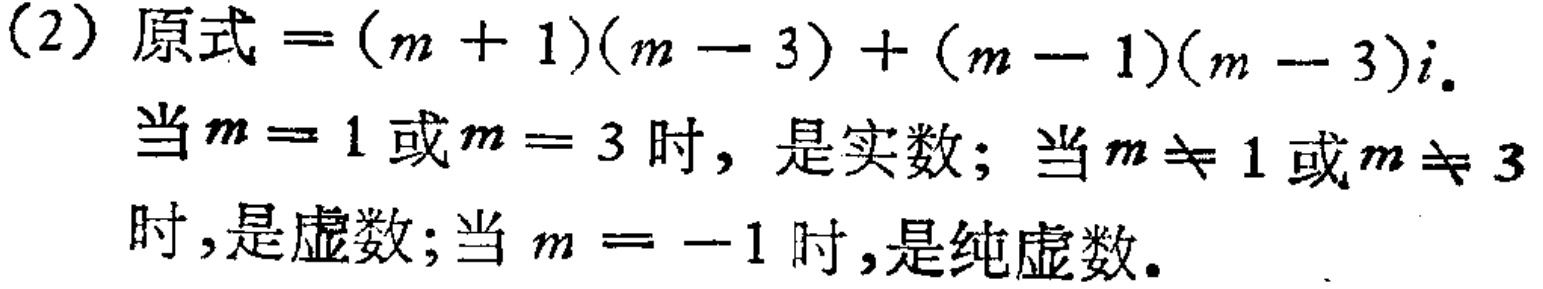
(2) 原式$=(m + 1)(m - 3)+(m - 1)(m - 3)i$.

当$m = 1$或$m = 3$时, 是实数; 当$m\neq 1$或$m\neq 3$时,是虚数;当 $m = -1$时,是纯虚数.